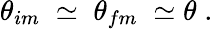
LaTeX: {\theta}_{im}\; \simeq\; {\theta}_{fm}\; \simeq\theta\; .